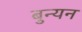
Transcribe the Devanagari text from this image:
बुन्यन